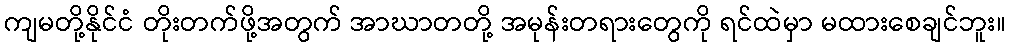
ကျမတို့နိုင်ငံ တိုးတက်ဖို့အတွက် အာဃာတတို့ အမုန်းတရားတွေကို ရင်ထဲမှာ မထားစေချင်ဘူး။